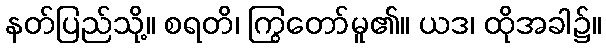
နတ်ပြည်သို့။ စရတိ၊ ကြွတော်မူ၏။ ယဒ၊ ထိုအခါ၌။